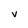
Character: V